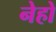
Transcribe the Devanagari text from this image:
नेहो